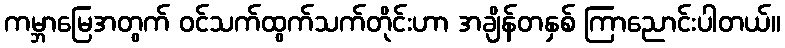
ကမ္ဘာမြေအတွက် ဝင်သက်ထွက်သက်တိုင်းဟာ အချိန်တနှစ် ကြာညောင်းပါတယ်။